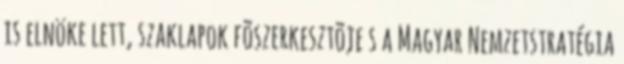
is elnöke lett, szaklapok fõszerkesztõje s a Magyar Nemzetstratégia